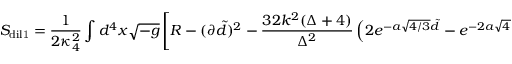
S _ { \mathrm { d i l 1 } } = { \frac { 1 } { 2 \kappa _ { 4 } ^ { 2 } } } \int d ^ { 4 } x \sqrt { - g } \left[ R - ( \partial \tilde { d } ) ^ { 2 } - \frac { 3 2 k ^ { 2 } ( \Delta + 4 ) } { \Delta ^ { 2 } } \left( 2 e ^ { - a \sqrt { 4 / 3 } \tilde { d } } - e ^ { - 2 a \sqrt { 4 / 3 } \tilde { d } } - 1 \right) \right] .